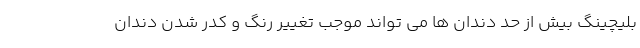
بلیچینگ بیش از حد دندان ها می تواند موجب تغییر رنگ و کدر شدن دندان